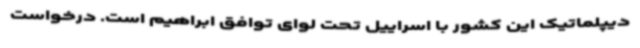
دیپلماتیک این کشور با اسراییل تحت لوای توافق ابراهیم است. درخواست